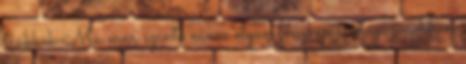
trükkök Ma már szinte nincs olyan fénykép a magazinokban